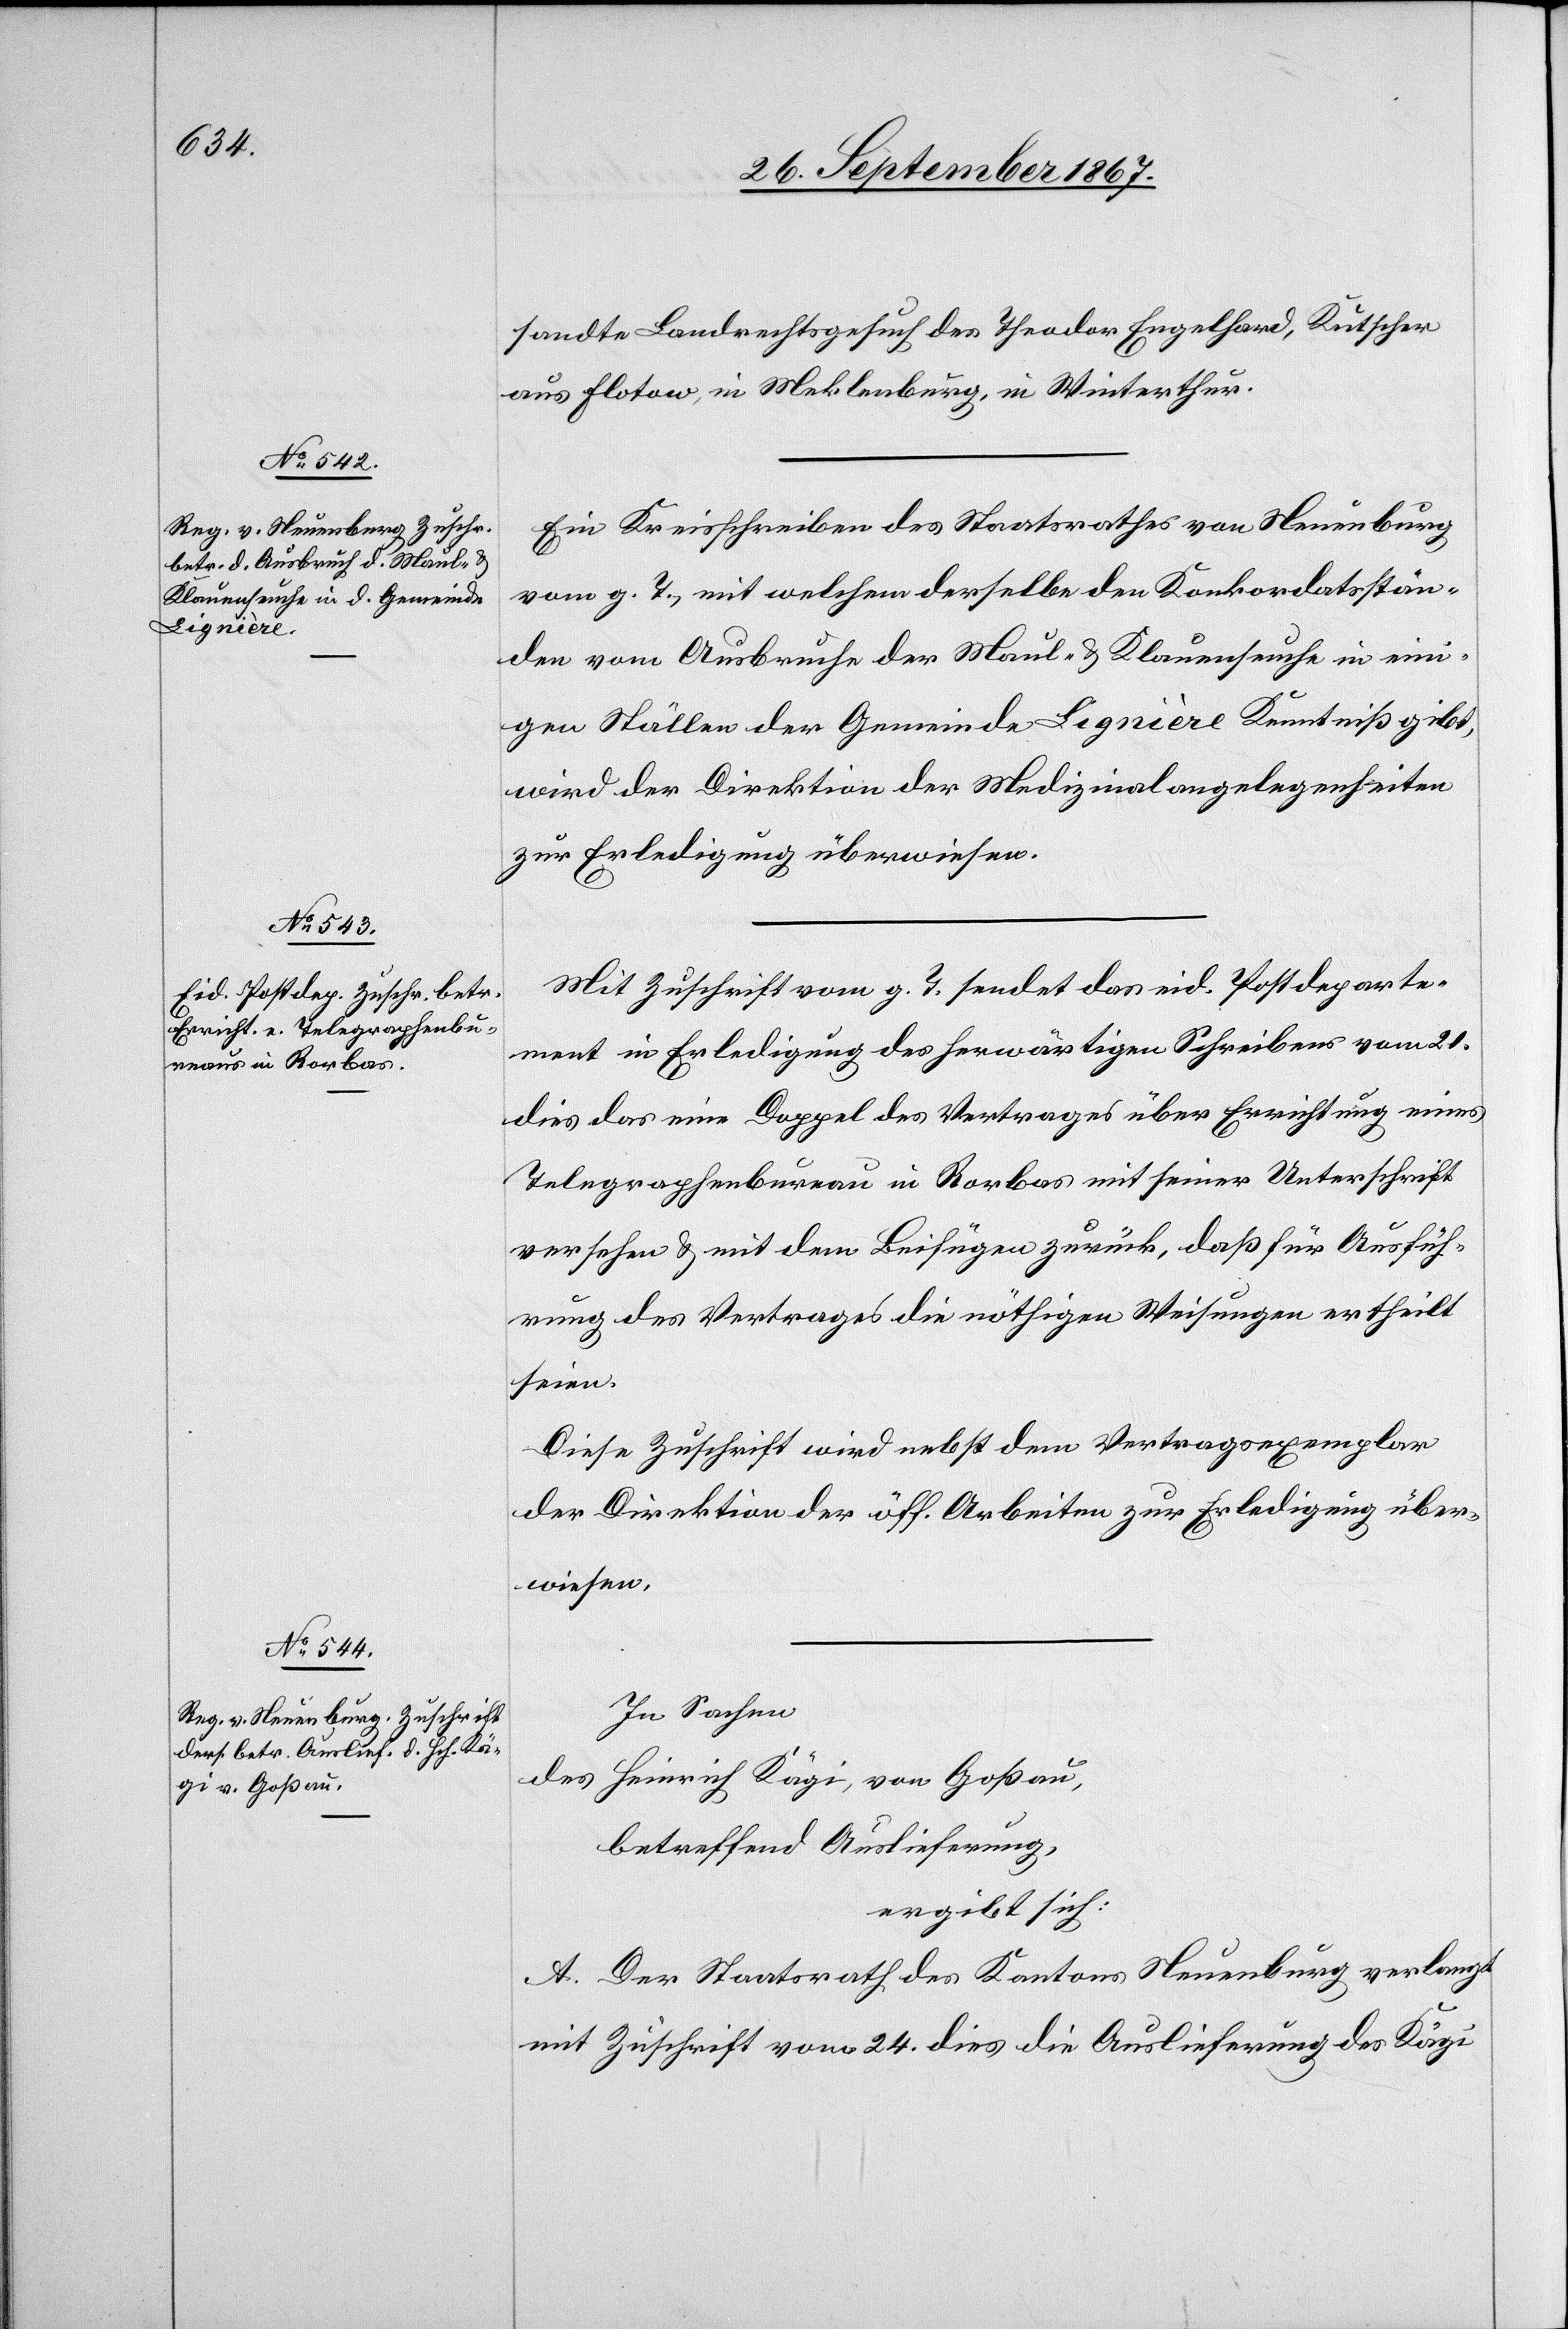
27. September 1867.]
sandte Landrechtsgesuch des Theodor Engelhard, Kutscher
aus Flotow, in Meklenburg, in Winterthur
Ein Kreisschreiben des Staatsrathes von Neuenburg
vom g. T., mit welchem derselbe den Konkordatsstän¬
den vom Ausbruche der Maul- u. Klauenseuche in eini¬
gen Ställen der Gemeinde Lignière Kenntniß gibt,
wird der Direktion der Medizinalangelegenheiten
zur Erledigung überwiesen.
Mit Zuschrift vom g. T. sendet das eid. Postdeparte¬
ment in Erledigung des herwärtigen Schreibens vom 21.
dies das eine Doppel des Vertrages über Errichtung eines
Telegraphenbureau in Rorbas mit seiner Unterschrift
versehen u. mit dem Beifügen zurück, daß für Ausfüh¬
rung des Vertrages die nöthigen Weisungen ertheilt
seien.
Diese Zuschrift wird nebst dem Vertragsexemplar
der Direktion der öff. Arbeiten zur Erledigung über¬
wiesen.
In Sachen
des Heinrich Kägi, von Goßau,
betreffend Auslieferung,
ergibt sich:
A. Der Staatsrath des Kantons Neuenburg verlangt
mit Zuschrift vom 24. dies die Auslieferung des Kägi